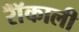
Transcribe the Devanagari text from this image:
रॉँकाली